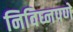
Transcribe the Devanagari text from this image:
निविघ्नपणे